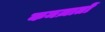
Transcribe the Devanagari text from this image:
कमज़ातों